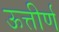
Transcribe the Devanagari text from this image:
ऊत्तीर्ण